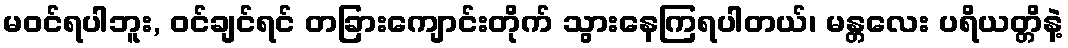
မဝင်ရပါဘူး, ဝင်ချင်ရင် တခြားကျောင်းတိုက် သွားနေကြရပါတယ်၊ မန္တလေး ပရိယတ္တိနဲ့